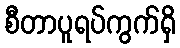
စီတာပူရပ်ကွက်ရှိ